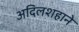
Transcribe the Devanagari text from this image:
अदिलशहाने